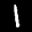
Label: 1